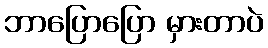
ဘာပြောပြော မှားတာပဲ